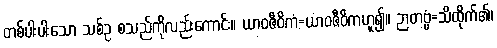
တစ်ပါးပါးသော သစ်ဥ စသည်ကိုလည်းကောင်း။ ယာဝဇီဝိကံ=ယာဝဇီဝိကဟူ၍။ ဉာတဗ္ဗံ=သိထိုက်၏၊